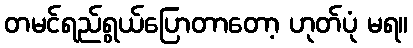
တမင်ရည်ရွယ်ပြောတာတော့ ဟုတ်ပုံ မရ။